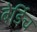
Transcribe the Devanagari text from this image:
बेर्डिच